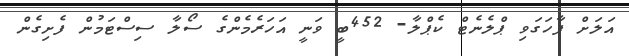
އަލަށް ފާހަގަވި ޕްލެނެޓް ކެޕްލާ- 452ބީ ވަނީ އަހަރެމެންގެ ސޯލާ ސިސްޓަމުން ފެށިގެން